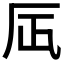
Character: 𠨷